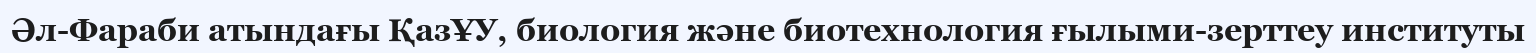
Әл-Фараби атындағы ҚазҰУ, биология және биотехнология ғылыми-зерттеу институты